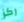
ركز